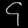
Digit: ၄